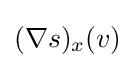
(\nabla s)_{x}(v)